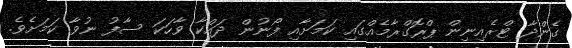
ގެންދާ ޓްރެއިނިން ޕްރޮގްރާމެއްގައި ކަމަށާއި ފޯނުން ދައްކާ ވާހަކަ ސާފު ނުވާ ކަމަށެވެ.